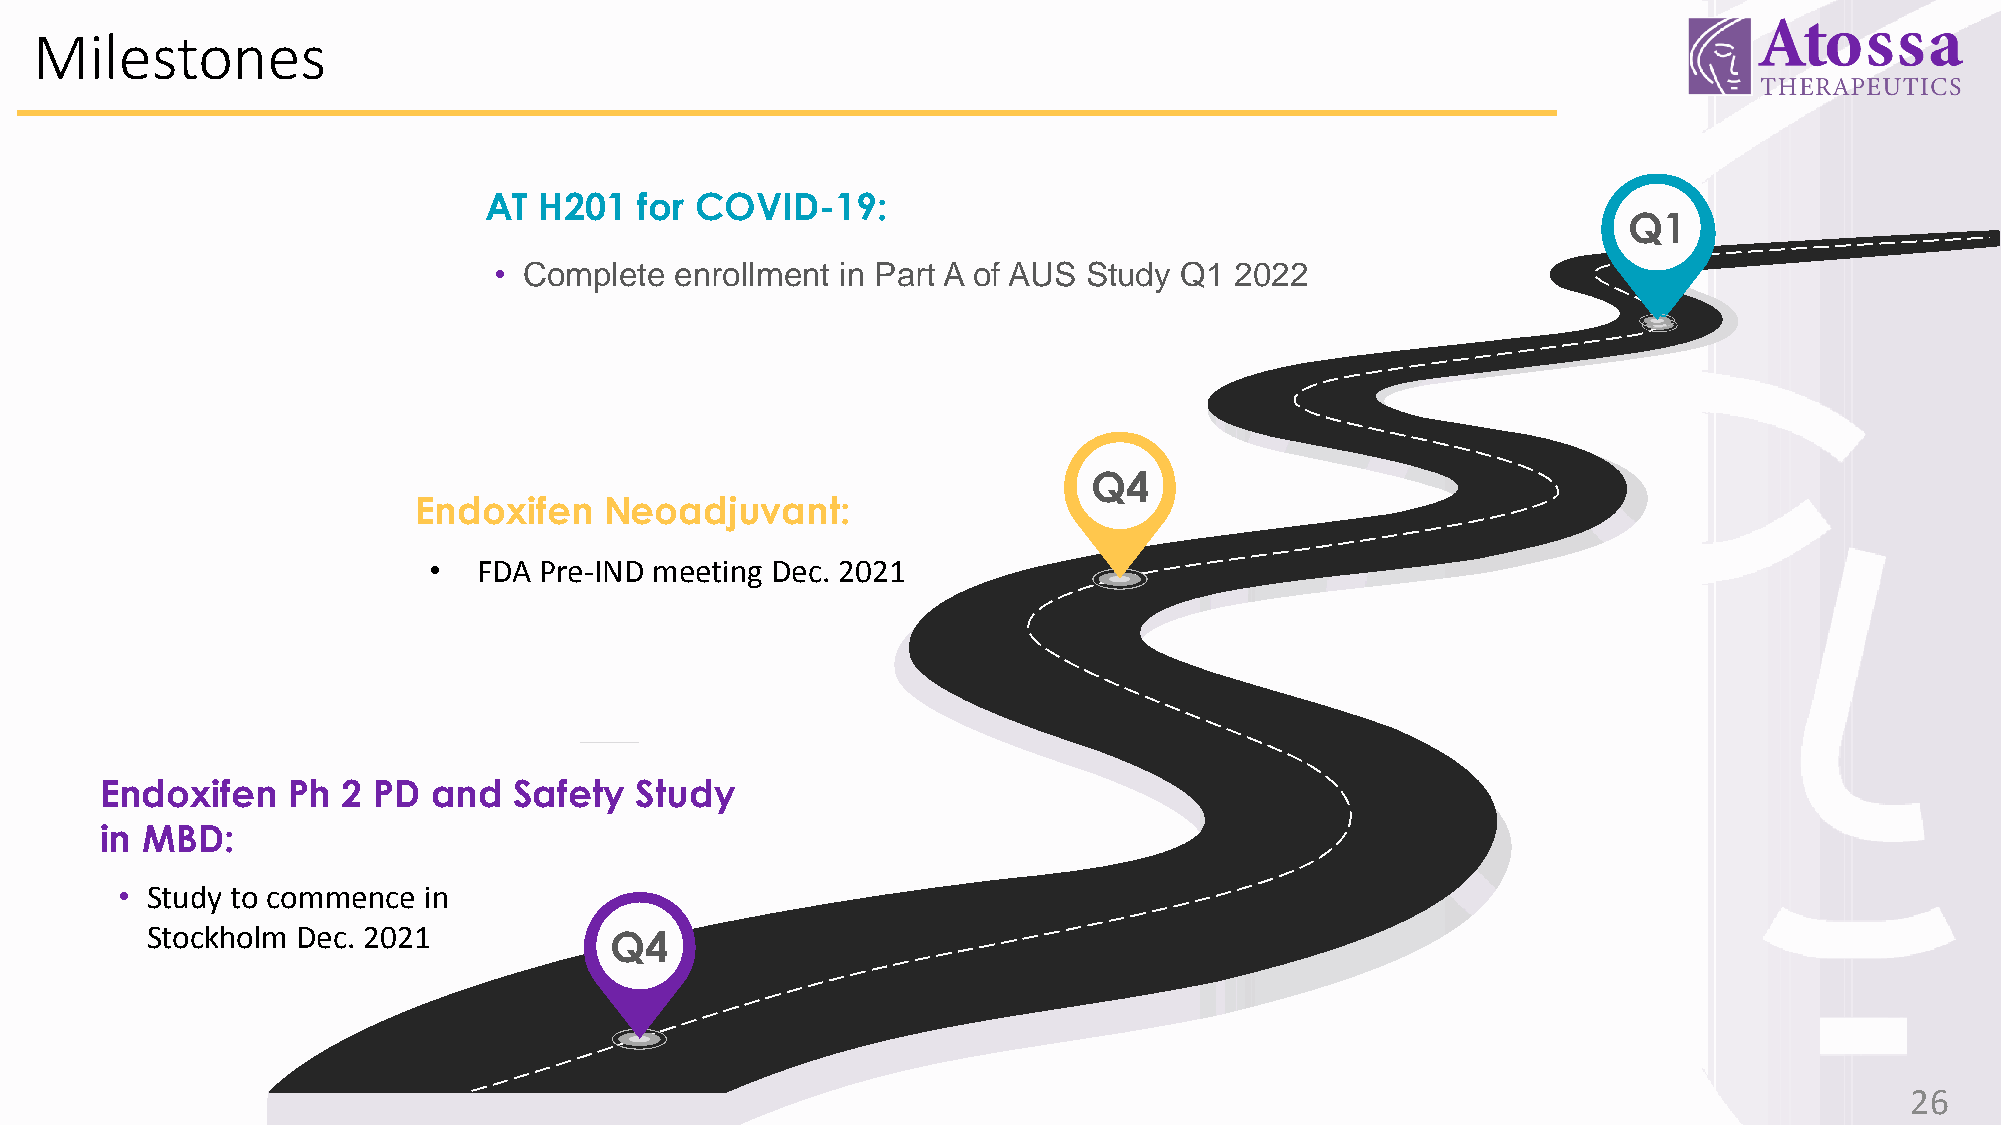
Milestones
 AT  H201  for COVID-19:
 QQ14
 • Complete  enrollment in Part A of AUS Study Q1 2022
 Q4
 Endoxifen    Neoadjuvant:
 •   FDA Pre-IND meeting Dec. 2021
 Endoxifen   Ph  2 PD  and  Safety  Study
 in MBD:
 • Study to commence in
 Stockholm Dec. 2021           Q4
 26